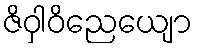
ဇိဝှါဝိညေယျော